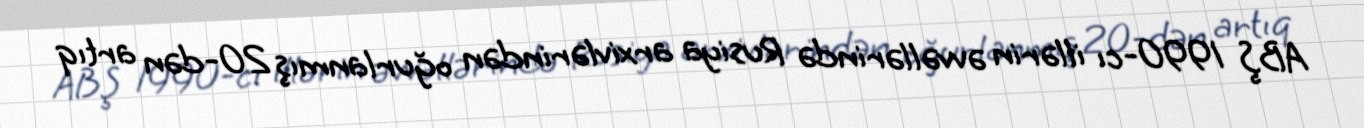
ABŞ 1990-cı illərin əvvəllərində Rusiya arxivlərindən oğurlanmış 20-dən artıq